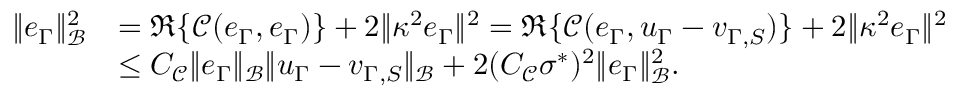
\begin{array} { r l } { \| e _ { \Gamma } \| _ { \mathcal { B } } ^ { 2 } } & { = \Re \{ \mathcal { C } ( e _ { \Gamma } , e _ { \Gamma } ) \} + 2 \| \kappa ^ { 2 } e _ { \Gamma } \| ^ { 2 } = \Re \{ \mathcal { C } ( e _ { \Gamma } , u _ { \Gamma } - v _ { \Gamma , S } ) \} + 2 \| \kappa ^ { 2 } e _ { \Gamma } \| ^ { 2 } } \\ & { \leq C _ { \mathcal { C } } \| e _ { \Gamma } \| _ { \mathcal { B } } \| u _ { \Gamma } - v _ { \Gamma , S } \| _ { \mathcal { B } } + 2 ( C _ { \mathcal { C } } \sigma ^ { * } ) ^ { 2 } \| e _ { \Gamma } \| _ { \mathcal { B } } ^ { 2 } . } \end{array}